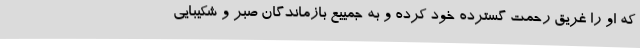
که او را غریق رحمت گسترده خود کرده و به جمییع بازماندگان صبر و شکیبایی